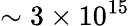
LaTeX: \sim 3\times 10^{15}